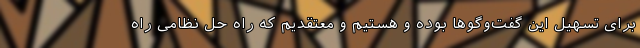
برای تسهیل این گفت‌وگوها بوده و هستیم و معتقدیم که راه حل نظامی راه